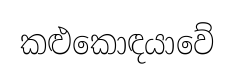
කළුකොඳයාවේ